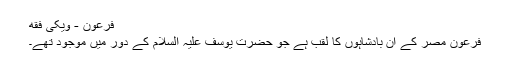
فرعون - ویکی فقه
فرعون مصر کے ان بادشاہوں کا لقب ہے جو حضرتِ یوسف علیہ السلام کے دور میں موجود تھے۔